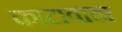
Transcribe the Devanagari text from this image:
काटावाबा